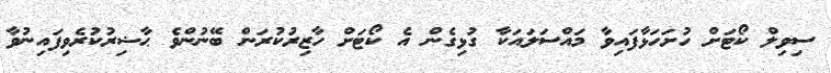
ސިވިލް ކޯޓަށް ހުށަހަޅާފައިވާ މައްސަލައަކާ ގުޅިގެން އެ ކޯޓަށް ހާޒިރުކުރަން ބޭނުންވެ ޙާޟިރުކުރެވިފައިނުވާ